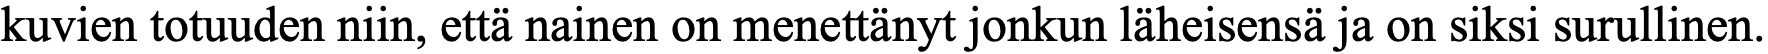
kuvien totuuden niin, että nainen on menettänyt jonkun läheisensä ja on siksi surullinen.